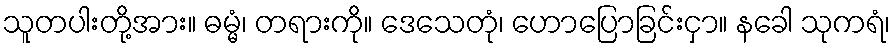
သူတပါးတို့အား။ ဓမ္မံ၊ တရားကို။ ဒေသေတုံ၊ ဟောပြောခြင်းငှာ။ နခေါ သုကရံ၊